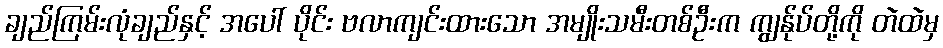
ချည်ကြမ်းလုံချည်နှင့် အပေါ် ပိုင်း ဗလာကျင်းထားသော အမျိုးသမီးတစ်ဦးက ကျွန်ုပ်တို့ကို တဲထဲမှ